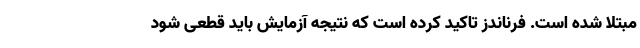
مبتلا شده است. فرناندز تاکید کرده است که نتیجه آزمایش باید قطعی شود